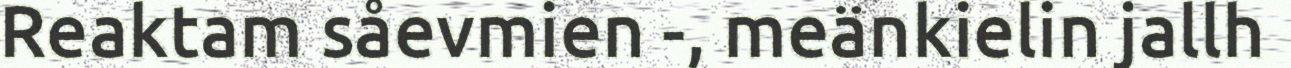
Reaktam såevmien -, meänkielin jallh